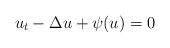
LaTeX: \begin{align*}u_{t}-\Delta u+\psi(u)=0\end{align*}